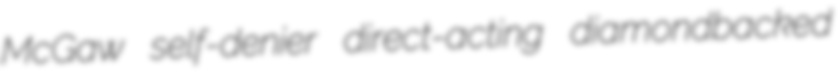
McGaw self-denier direct-acting diamondbacked